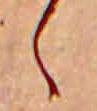
ゝ